Indian journal of veterinary science and animal husbandry - Volume 2,
Year: 1932
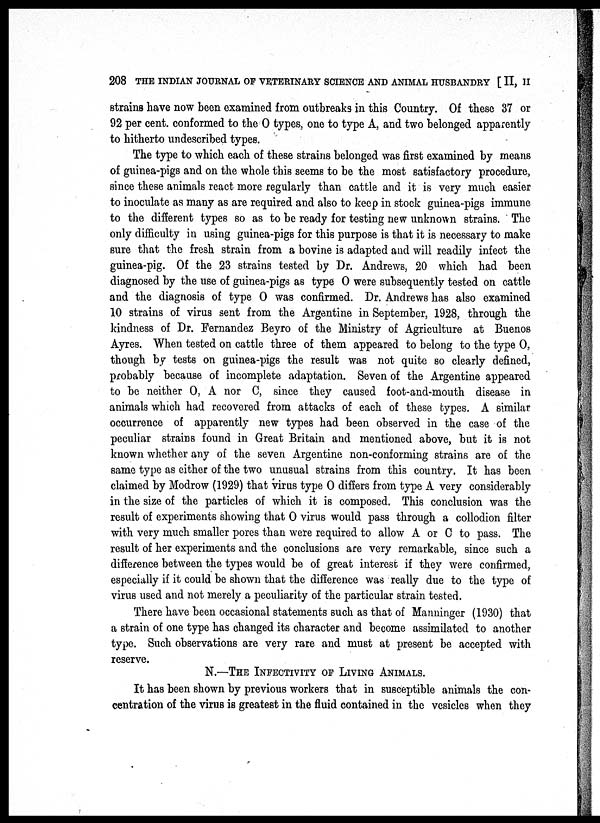
208 THE INDIAN JOURNAL OF VETERINARY SCIENCE AND ANIMAL HUSBANDRY [ II, II
strains have now been examined from outbreaks in this Country. Of these 37 or
92 per cent. conformed to the O types, one to type A, and two belonged apparently
to hitherto undescribed types.
The type to which each of these strains belonged was first examined by means
of guinea-pigs and on the whole this seems to be the most satisfactory procedure,
since these animals react more regularly than cattle and it is very much easier
to inoculate as many as are required and also to keep in stock guinea-pigs immune
to the different types so as to be ready for testing new unknown strains. The
only difficulty in using guinea-pigs for this purpose is that it is necessary to make
sure that the fresh strain from a bovine is adapted and will readily infect the
guinea-pig. Of the 23 strains tested by Dr. Andrews, 20 which had been
diagnosed by the use of guinea-pigs as type O were subsequently tested on cattle
and the diagnosis of type O was confirmed. Dr. Andrews has also examined
10 strains of virus sent from the Argentine in September, 1928, through the
kindness of Dr. Fernandez Beyro of the Ministry of Agriculture at Buenos
Ayres. When tested on cattle three of them appeared to belong to the type O,
though by tests on guinea-pigs the result was not quite so clearly defined,
probably because of incomplete adaptation. Seven of the Argentine appeared
to be neither O, A nor C, since they caused foot-and-mouth disease in
animals which had recovered from attacks of each of these types. A similar
occurrence of apparently new types had been observed in the case of the
peculiar strains found in Great Britain and mentioned above, but it is not
known whether any of the seven Argentine non-conforming strains are of the
same type as either of the two unusual strains from this country. It has been
claimed by Modrow (1929) that virus type O differs from type A very considerably
in the size of the particles of which it is composed. This conclusion was the
result of experiments showing that O virus would pass through a collodion filter
with very much smaller pores than were required to allow A or C to pass. The
result of her experiments and the conclusions are very remarkable, since such a
difference between the types would be of great interest if they were confirmed,
especially if it could be shown that the difference was really due to the type of
virus used and not merely a peculiarity of the particular strain tested.
There have been occasional statements such as that of Manninger (1930) that
a strain of one type has changed its character and become assimilated to another
type. Such observations are very rare and must at present be accepted with
reserve.
N.—THE INFECTIVITY OF LIVING ANIMALS.
It has been shown by previous workers that in susceptible animals the con-
centration of the virus is greatest in the fluid contained in the vesicles when they